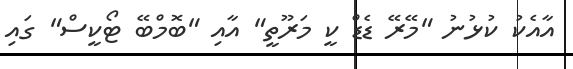
އާއެކު ކުޅުނު "މޭރޭ ޑެޑް ކީ މަރޫތީ" އާއި "ބޮމްބޭ ޓޯކީސް" ގައި